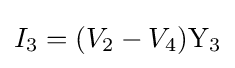
I_{3}=(V_{2}-V_{4})\mathrm {Y_{3}}